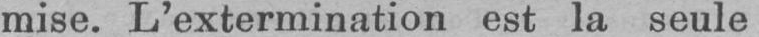
mise. L’extermination est la seule